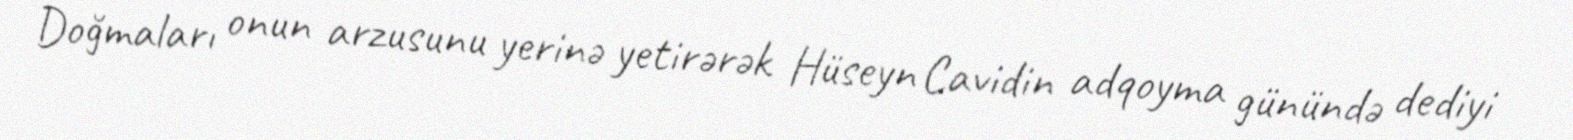
Doğmaları onun arzusunu yerinə yetirərək Hüseyn Cavidin adqoyma günündə dediyi